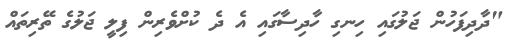
"ދާދިފަހުން ޖަލުގައި ހިނގި ހާދިސާގައި އެ ދެ ކުށްވެރިން ފިލީ ޖަލުގެ ތޭރިތައް